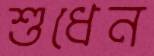
শুধেন